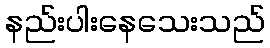
နည်းပါးနေသေးသည်